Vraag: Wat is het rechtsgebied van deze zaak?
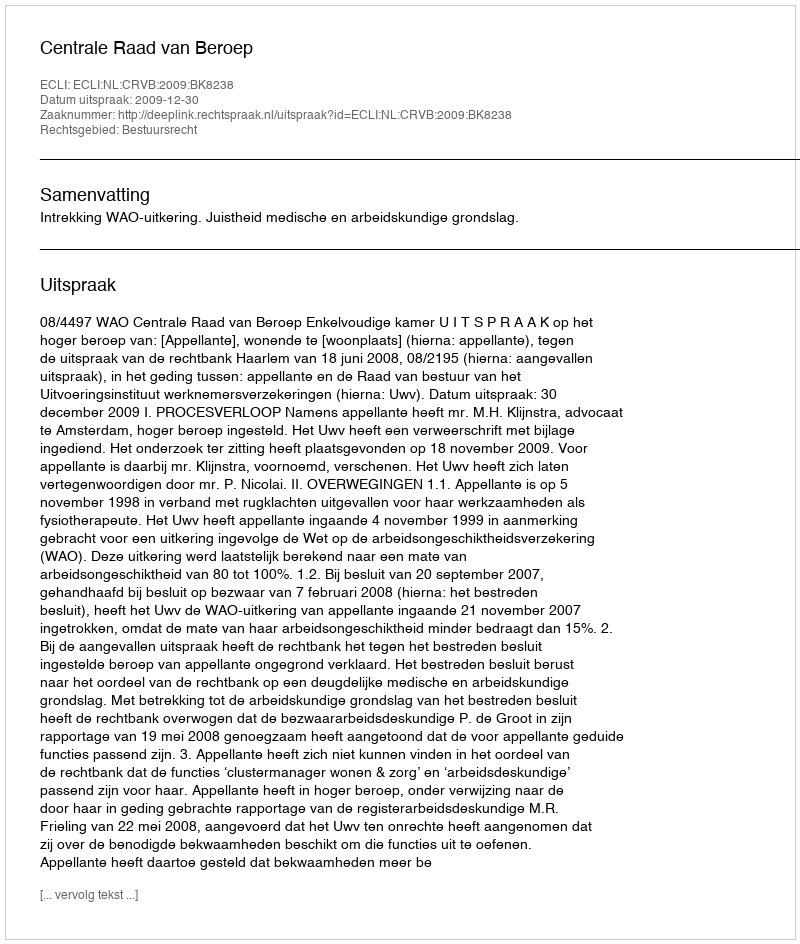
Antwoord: Bestuursrecht